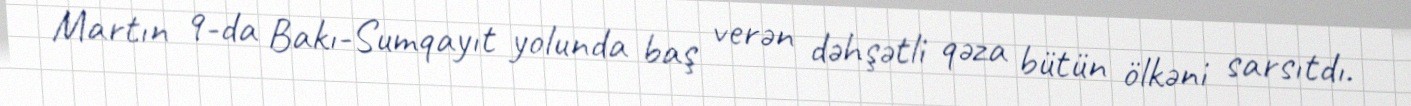
Martın 9-da Bakı-Sumqayıt yolunda baş verən dəhşətli qəza bütün ölkəni sarsıtdı.